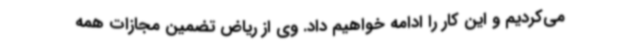
می‌کردیم و این کار را ادامه خواهیم داد. وی از ریاض تضمین مجازات همه